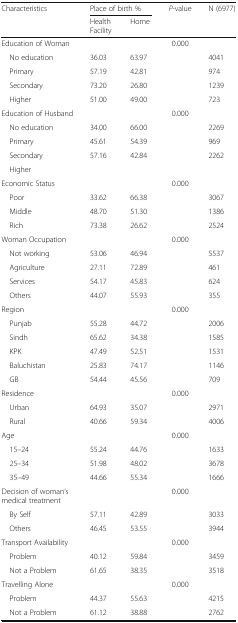
<table><thead><tr><td rowspan="2"><b>Characteristics</b></td><td colspan="2"><b>Place of birth %</b></td><td rowspan="2"><b><i>P</i>-value</b></td><td rowspan="2"><b>N (6977)</b></td></tr><tr><td><b>Health Facility</b></td><td><b>Home</b></td></tr></thead><tbody><tr><td>Education of Woman</td><td></td><td></td><td>0.000</td><td></td></tr><tr><td> No education</td><td>36.03</td><td>63.97</td><td></td><td>4041</td></tr><tr><td> Primary</td><td>57.19</td><td>42.81</td><td></td><td>974</td></tr><tr><td> Secondary</td><td>73.20</td><td>26.80</td><td></td><td>1239</td></tr><tr><td> Higher</td><td>51.00</td><td>49.00</td><td></td><td>723</td></tr><tr><td>Education of Husband</td><td></td><td></td><td>0.000</td><td></td></tr><tr><td> No education</td><td>34.00</td><td>66.00</td><td></td><td>2269</td></tr><tr><td> Primary</td><td>45.61</td><td>54.39</td><td></td><td>969</td></tr><tr><td> Secondary</td><td>57.16</td><td>42.84</td><td></td><td>2262</td></tr><tr><td> Higher</td><td></td><td></td><td></td><td></td></tr><tr><td>Economic Status</td><td></td><td></td><td>0.000</td><td></td></tr><tr><td> Poor</td><td>33.62</td><td>66.38</td><td></td><td>3067</td></tr><tr><td> Middle</td><td>48.70</td><td>51.30</td><td></td><td>1386</td></tr><tr><td> Rich</td><td>73.38</td><td>26.62</td><td></td><td>2524</td></tr><tr><td>Woman Occupation</td><td></td><td></td><td>0.000</td><td></td></tr><tr><td> Not working</td><td>53.06</td><td>46.94</td><td></td><td>5537</td></tr><tr><td> Agriculture</td><td>27.11</td><td>72.89</td><td></td><td>461</td></tr><tr><td> Services</td><td>54.17</td><td>45.83</td><td></td><td>624</td></tr><tr><td> Others</td><td>44.07</td><td>55.93</td><td></td><td>355</td></tr><tr><td>Region</td><td></td><td></td><td>0.000</td><td></td></tr><tr><td> Punjab</td><td>55.28</td><td>44.72</td><td></td><td>2006</td></tr><tr><td> Sindh</td><td>65.62</td><td>34.38</td><td></td><td>1585</td></tr><tr><td> KPK</td><td>47.49</td><td>52.51</td><td></td><td>1531</td></tr><tr><td> Baluchistan</td><td>25.83</td><td>74.17</td><td></td><td>1146</td></tr><tr><td> GB</td><td>54.44</td><td>45.56</td><td></td><td>709</td></tr><tr><td>Residence</td><td></td><td></td><td>0.000</td><td></td></tr><tr><td> Urban</td><td>64.93</td><td>35.07</td><td></td><td>2971</td></tr><tr><td> Rural</td><td>40.66</td><td>59.34</td><td></td><td>4006</td></tr><tr><td>Age</td><td></td><td></td><td>0.000</td><td></td></tr><tr><td> 15–24</td><td>55.24</td><td>44.76</td><td></td><td>1633</td></tr><tr><td> 25–34</td><td>51.98</td><td>48.02</td><td></td><td>3678</td></tr><tr><td> 35–49</td><td>44.66</td><td>55.34</td><td></td><td>1666</td></tr><tr><td>Decision of woman’s medical treatment</td><td></td><td></td><td>0.000</td><td></td></tr><tr><td> By Self</td><td>57.11</td><td>42.89</td><td></td><td>3033</td></tr><tr><td> Others</td><td>46.45</td><td>53.55</td><td></td><td>3944</td></tr><tr><td>Transport Availability</td><td></td><td></td><td>0.000</td><td></td></tr><tr><td> Problem</td><td>40.12</td><td>59.84</td><td></td><td>3459</td></tr><tr><td> Not a Problem</td><td>61.65</td><td>38.35</td><td></td><td>3518</td></tr><tr><td>Travelling Alone</td><td></td><td></td><td>0.000</td><td></td></tr><tr><td> Problem</td><td>44.37</td><td>55.63</td><td></td><td>4215</td></tr><tr><td> Not a Problem</td><td>61.12</td><td>38.88</td><td></td><td>2762</td></tr></tbody></table>